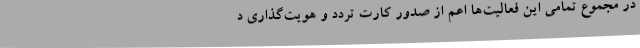
در مجموع تمامی این فعالیت‌ها اعم از صدور کارت تردد و هویت‌گذاری د